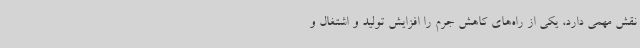
نقش مهمی دارد، یکی از راه‌های کاهش جرم را افزایش تولید و اشتغال و